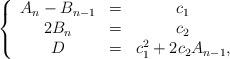
LaTeX: \begin{align*}\left\{\begin{array}{ccc}A_n-B_{n-1} &=& c_1\\2B_n &=& c_2\\D &=& c_1^2+2c_2 A_{n-1},\end{array}\right.\end{align*}